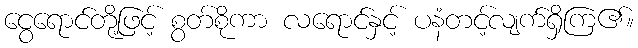
ငွေရောင်တို့ဖြင့် စွတ်စိုကာ လရောင်နှင့် ပနံတင့်လျက်ရှိကြ၏။